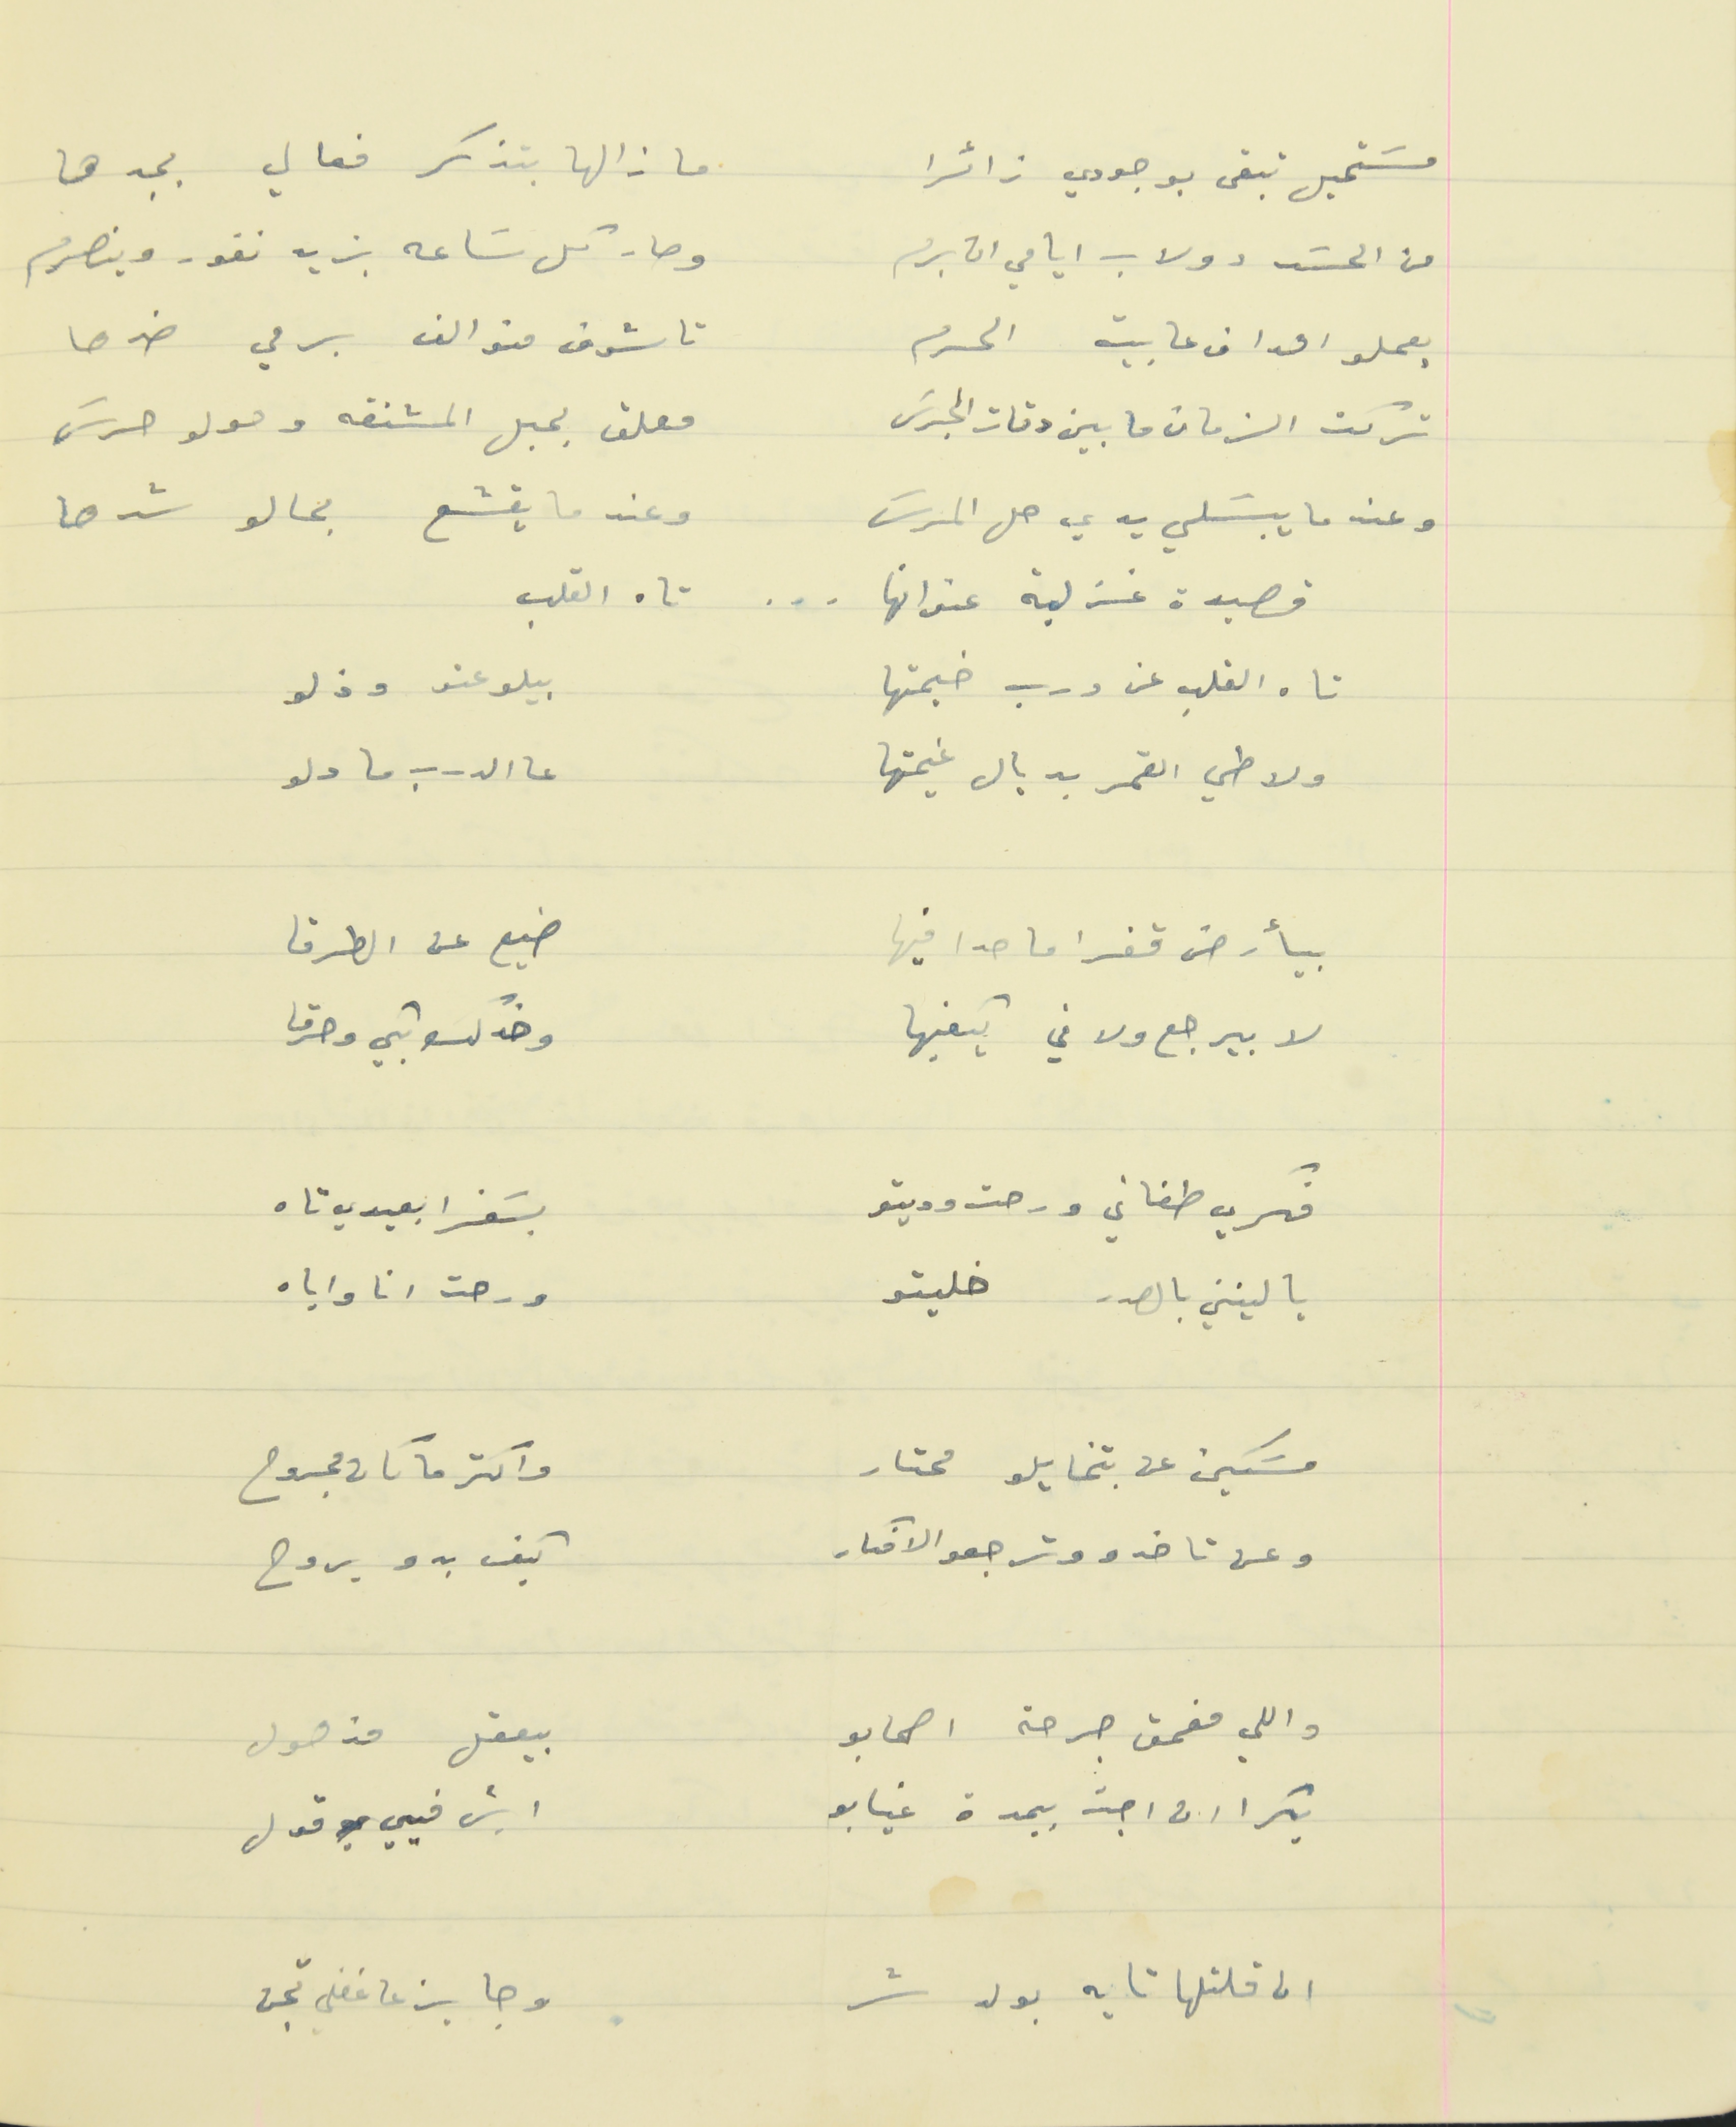
مسَتحيل تبقى بوجودي زائرا                               ما زالها بتذكر فعالي بجدها
من الحسَد دولاب ايامي ان برم                        وصار كل سَاعه بزيد نفور وينصرم
يعملو اهداف عا َبيت الحرم                                تا شوف منو الف برمي ضدها
تركت الزمان ما بين دقات الجرسَ                      معلق بحبل المشنقه وحولو حرسَ
وعند ما يبسَلي يدي حل المرسَ                       وعند ما يقشع بحالو شدها
قصيدة غزلية عنوانها . . . تاه القلب
تاه القلب عن درب خيمتها                    بيلوعتو وذلو
ولاطي القمر بديال غيمتها                   عا الدرب ما دلو
بيأرض قفر قفرا ما حدا فيها                     ضيع عن الطرقا
 لا بيرجع ولا في يكفيها                         وخدك بكي وحرقا
فكري طغاني ورحت وديتو                     بسَفرا بعيدي تاه
يا ليتني بالصدر خليتو                          ورحت انا واياه
مسَكين عن بتخايلو محتار                    واكتر ما كان مجروح
وعن تاخدو وترجعو الافكار                   كيف بدو يروح
واللي مغمق جرحة اصحابو                   بيعقل مذهول
بكرا ان اجت بيمدة غيابو                       ايش فيي قول
ان قلتلها تايه بولد شر                           وجايز ع غفلي تجن